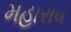
મહારાવ